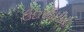
ઉદારદિલીથી